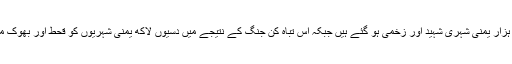
اس دوران دسیوں ہزار یمنی شہری شہید اور زخمی ہو گئے ہیں جبکہ اس تباہ کن جنگ کے نتیجے میں دسیوں لاکھ یمنی شہریوں کو قحط اور بھوک مری کا سامنا ہے۔